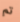
تم